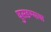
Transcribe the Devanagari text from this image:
घुसडण्याचा